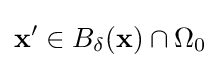
{\bf {x}}'\in B_{\delta }({\bf {x}})\cap \Omega _{0}